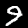
Label: 9